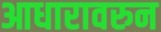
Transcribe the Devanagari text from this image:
आधारावरुन